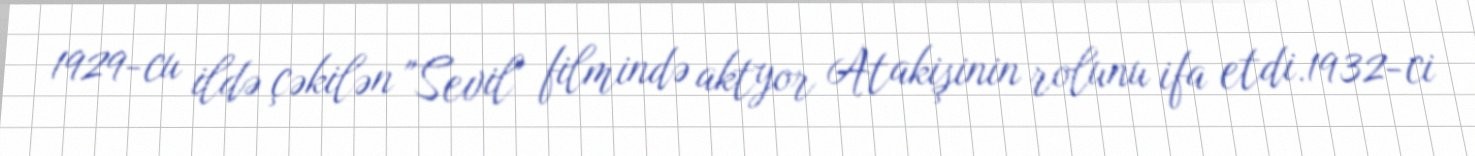
1929-cu ildə çəkilən "Sevil" filmində aktyor Atakişinin rolunu ifa etdi.1932-ci